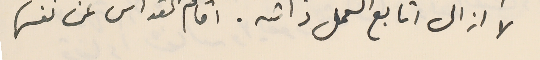
لا ازال اتابع العمل ذاته. اقام القداس عن نفسها